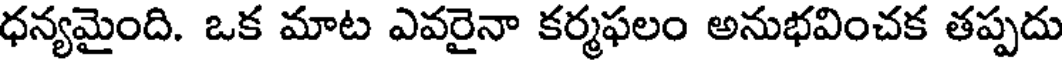
ధన్యమైంది. ఒక మాట ఎవరైనా కర్మఫలం అనుభవించక తప్పదు